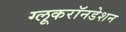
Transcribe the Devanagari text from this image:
ग्लूकरॉनडेशन